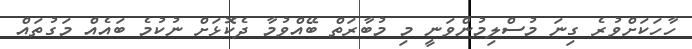
ހާހަކަށްވުރެ ގިނަ މުސްލިމުންވަނީ މި މުބާރަތް ބޭއްވުމާ ދެކޮޅަށް ނުކުމެ ބައެއް މަގުތައް